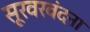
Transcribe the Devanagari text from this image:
सूरवरवंदना